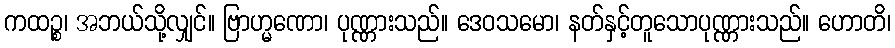
ကထဉ္စ၊ အဘယ်သို့လျှင်။ ဗြာဟ္မဏော၊ ပုဏ္ဏားသည်။ ဒေဝသမော၊ နတ်နှင့်တူသောပုဏ္ဏားသည်။ ဟောတိ၊